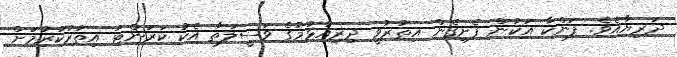
ދަރިޔާއެވެ. ފަންކާ އަކުން ފެށިގެން އިތުރުވީ ދިރިއުޅުމުގެ ވަސީލަތާ އެކު ކަރަންޓު އިތުރުކުރުމަށް